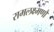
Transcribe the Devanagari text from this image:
रामलक्ष्मणौ